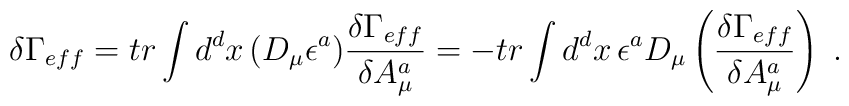
\delta \Gamma_{eff}=tr\int d^{d}x\, (D_{\mu}\epsilon^{a}) \frac{\delta\Gamma_{eff}}{\delta A_{\mu}^{a}}=-tr\int d^{d}x\, \epsilon^{a} D_{\mu}\left(\frac{\delta \Gamma_{eff}}{\delta A_{\mu}^{a}} \right)\;.